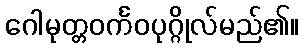
ဂေါမုတ္တဝင်္ကဝပုဂ္ဂိုလ်မည်၏။